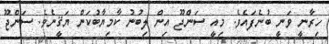
ހިރާނީ ވަނީ ބުނެފައެވެ. މިއީ ސަންޖޫ އިން ލިބުނު ކާމިޔާބުކަން ޔަޤީނެވެ. ސަންޖޫ